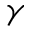
\gamma